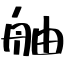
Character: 舳